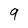
Character: 9